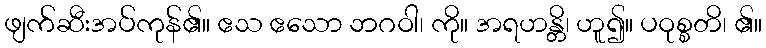
ဖျက်ဆီးအပ်ကုန်၏။ ဧသ ဧသော ဘဂဝါ၊ ကို။ အရဟန္တိ၊ ဟူ၍။ ပဝုစ္စတိ၊ ၏။